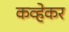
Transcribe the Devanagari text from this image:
कव्हेकर